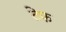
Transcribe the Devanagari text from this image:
टेफ